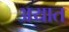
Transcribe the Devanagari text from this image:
अयात